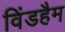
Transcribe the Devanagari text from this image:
विंडहैम